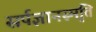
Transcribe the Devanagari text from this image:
सर्पज्ञानस्मृति